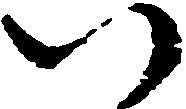
い